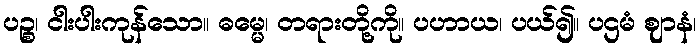
ပဉ္စ၊ ငါးပါးကုန်သော။ ဓမ္မေ၊ တရားတို့ကို။ ပဟာယ၊ ပယ်၍။ ပဌမံ ဈာနံ၊